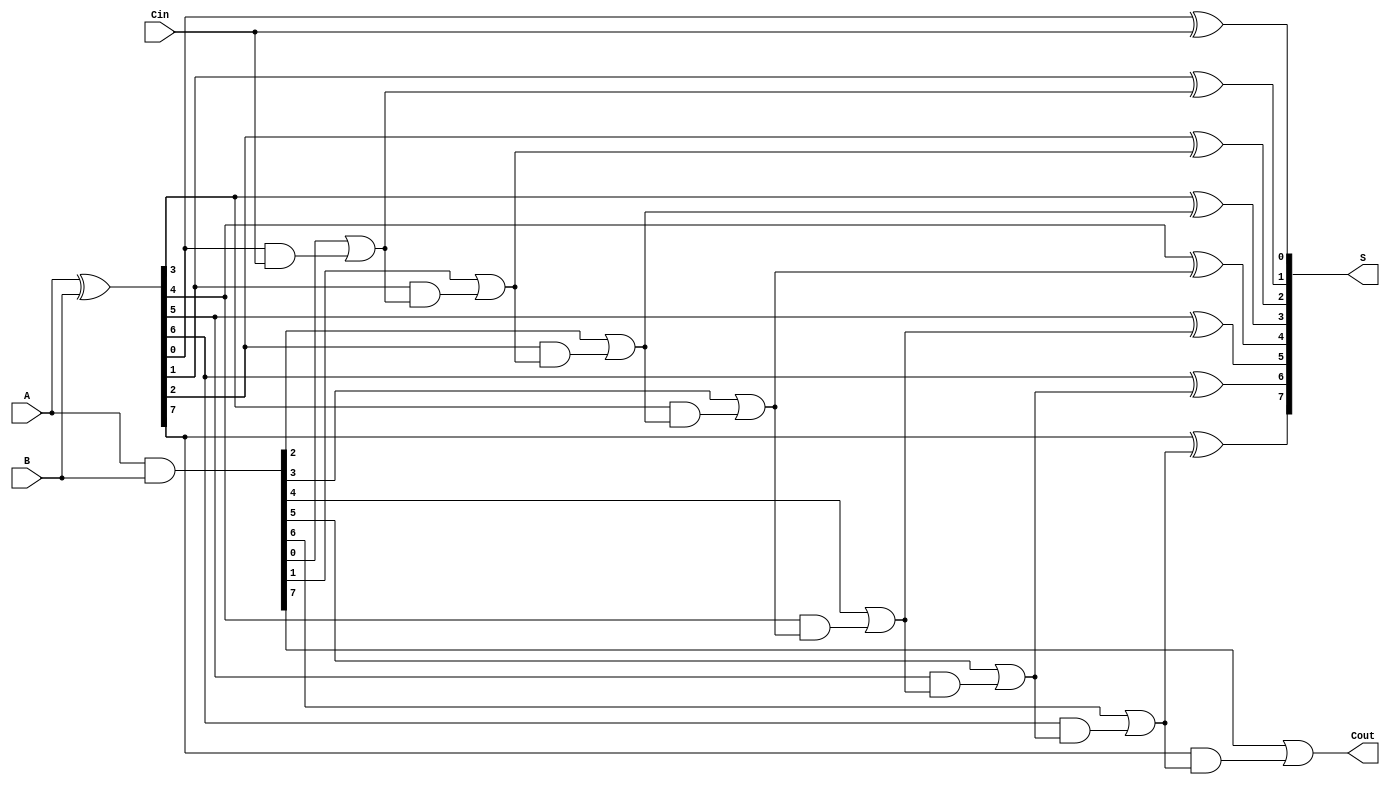
module SklanskyAdder #(parameter N = 8) (
    input [N-1:0] A,
    input [N-1:0] B,
    input Cin,
    output [N-1:0] S,
    output Cout
);

    wire [N-1:0] G; // Generate signals
    wire [N-1:0] P; // Propagate signals
    wire [N:0] C;   // Carry signals, C[0] is Cin

    // Generate and Propagate signals
    assign G = A & B;          // G[i] = A[i] & B[i]
    assign P = A ^ B;          // P[i] = A[i] ^ B[i]

    // Carry Generation
    assign C[0] = Cin;         // C[0] = Cin

    // Compute carries using Sklansky's tree structure
    genvar i;
    generate
        for (i = 1; i < N; i = i + 1) begin : carry_gen
            assign C[i] = G[i-1] | (P[i-1] & C[i-1]); // C[i] = G[i-1] + (P[i-1] & C[i-1])
        end
    endgenerate

    // Final carry out
    assign Cout = G[N-1] | (P[N-1] & C[N-1]); // Cout = G[N-1] + (P[N-1] & C[N-1])

    // Sum Calculation
    generate
        for (i = 0; i < N; i = i + 1) begin : sum_calc
            assign S[i] = P[i] ^ C[i]; // S[i] = P[i] ^ C[i]
        end
    endgenerate

endmodule